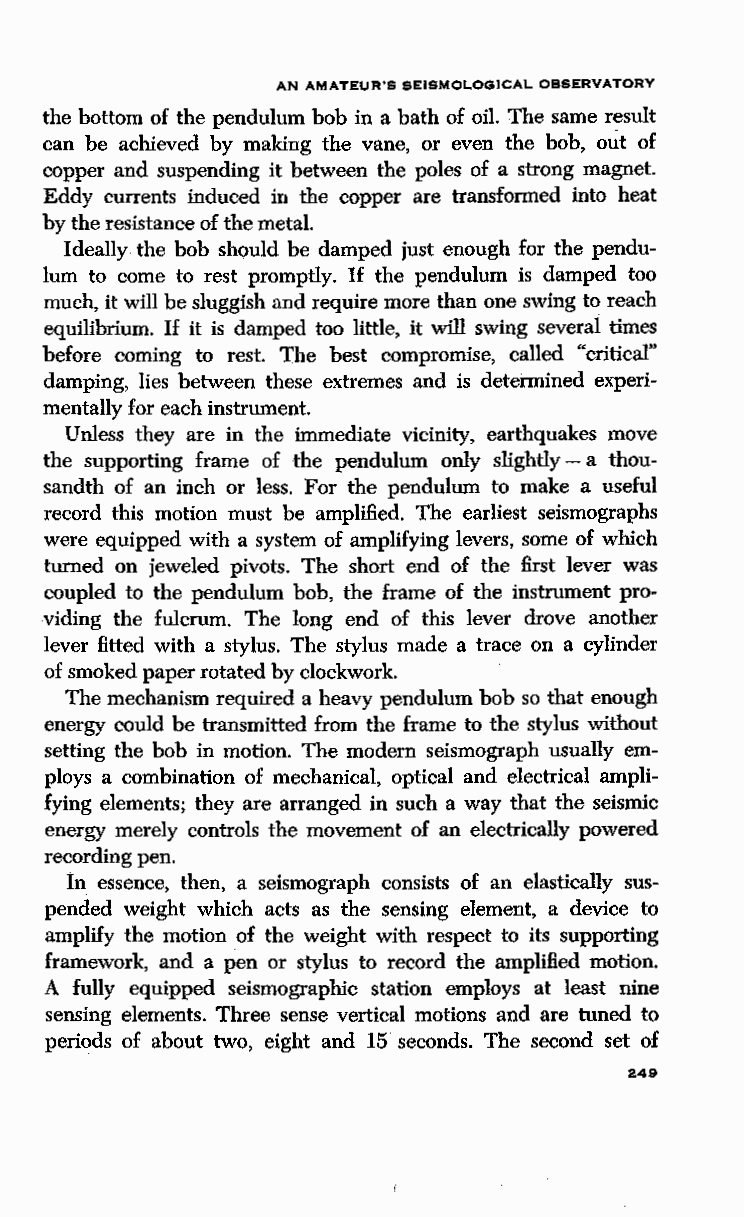
AN AMATEUR'S SEISMOLOGICAL OBSERVATORY
 the bottom of the pendulum bob in a bath of oil. The same result
 can be achieved by making the vane, or even the bob, out of
 copper and suspending it between the poles of a strong magnet.
 Eddy currents induced in the copper are transformed into heat
 by the resistance of the metal.
 Ideally the bob should be damped just enough for the pendu
 lum to come to rest promptly. If the pendulum is damped too
 much, it will be sluggish and require more than one swing to reach
 equilibrium. If it is damped too little, it will swing several times
 before corning to rest. The best compromise, called "critical"
 damping, lies between these extremes and is determined experi
 mentally for each instrument.
 Unless they are in the immediate vicinity, earthquakes move
 the supporting frame of the pendulum only slightly - a thou
 sandth of an inch or less. For the pendulum to make a useful
 record this motion must be amplified. The earliest seismographs
 were equipped with a system of amplifying levers, some of which
 turned on jeweled pivots. The short end of the first lever was
 coupled to the pendulum bob, the frame of the instrument pro
 viding the fulcrum. The long end of this lever drove another
 lever fitted with a stylus. The stylus made a trace on a cylinder
 of smoked paper rotated by clockwork.
 The mechanism required a heavy pendulum bob so that enough
 energy could be transmitted from the frame to the stylus without
 setting the bob in motion. The modem seismograph usually ern
 ploys a combination of mechanical, optical and electrical ampli
 fying elements; they are arranged in such a way that the seismic
 energy merely controls the movement of an electrically powered
 recording pen.
 ln essence, then, a seismograph consists of an elastically sus
 pended weight which acts as the sensing element, a device to
 amplify the motion of the weight with respect to its supporting
 framework, and a pen or stylus to record the amplified motion.
 A fully equipped seismographic station employs at least nine
 sensing elements. Three sense vertical motions and are tuned to
 periods of about two, eight and 15 seconds. The second set of
 249